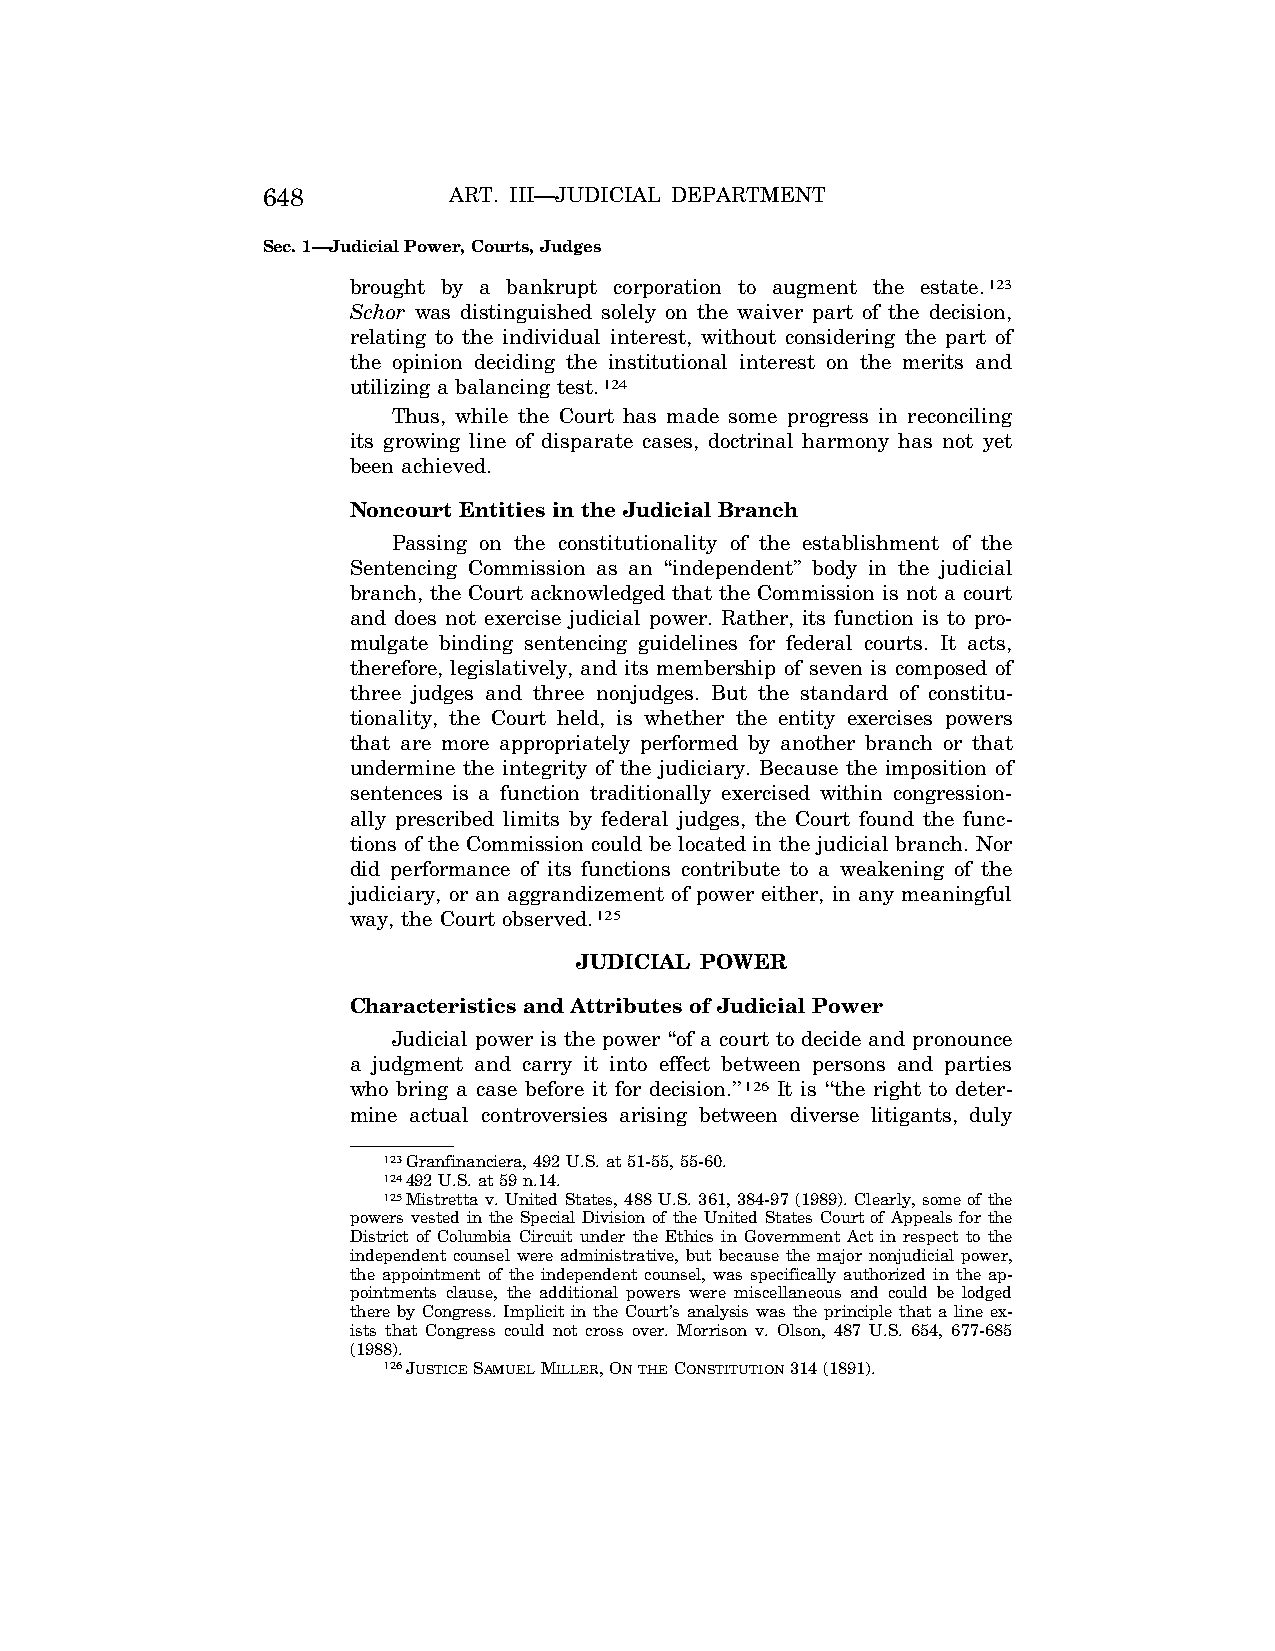
648          ART. III—JUDICIAL DEPARTMENT
 Sec. 1—Judicial Power, Courts, Judges
 brought by a bankrupt corporation to augment the estate.123
 Schor was distinguished solely on the waiver part of the decision,
 relating to the individual interest, without considering the part of
 the opinion deciding the institutional interest on the merits and
 utilizing a balancing test.124
 Thus, while the Court has made some progress in reconciling
 its growing line of disparate cases, doctrinal harmony has not yet
 been achieved.
 Noncourt Entities in the Judicial Branch
 Passing on the constitutionality of the establishment of the
 Sentencing Commission as an ‘‘independent’’ body in the judicial
 branch, the Court acknowledged that the Commission is not a court
 and does not exercise judicial power. Rather, its function is to pro-
 mulgate binding sentencing guidelines for federal courts. It acts,
 therefore, legislatively, and its membership of seven is composed of
 three judges and three nonjudges. But the standard of constitu-
 tionality, the Court held, is whether the entity exercises powers
 that are more appropriately performed by another branch or that
 undermine the integrity of the judiciary. Because the imposition of
 sentences is a function traditionally exercised within congression-
 ally prescribed limits by federal judges, the Court found the func-
 tions of the Commission could be located in the judicial branch. Nor
 did performance of its functions contribute to a weakening of the
 judiciary, or an aggrandizement of power either, in any meaningful
 way, the Court observed.125
 JUDICIAL POWER
 Characteristics and Attributes of Judicial Power
 Judicial power is the power ‘‘of a court to decide and pronounce
 a judgment and carry it into effect between persons and parties
 who bring a case before it for decision.’’126 It is ‘‘the right to deter-
 mine actual controversies arising between diverse litigants, duly
 123Granfinanciera, 492 U.S. at 51-55, 55-60.
 124492 U.S. at 59 n.14.
 125Mistretta v. United States, 488 U.S. 361, 384-97 (1989). Clearly, some of the
 powers vested in the Special Division of the United States Court of Appeals for the
 District of Columbia Circuit under the Ethics in Government Act in respect to the
 independent counsel were administrative, but because the major nonjudicial power,
 the appointment of the independent counsel, was specifically authorized in the ap-
 pointments clause, the additional powers were miscellaneous and could be lodged
 there by Congress. Implicit in the Court’s analysis was the principle that a line ex-
 ists that Congress could not cross over. Morrison v. Olson, 487 U.S. 654, 677-685
 (1988).
 126JUSTICESAMUELMILLER, ONTHECONSTITUTION314 (1891).
 VerDate Apr<15>2004 08:36 Apr 29, 2004 Jkt 077500 PO 00000 Frm 00022 Fmt 8222 Sfmt 8222 C:\CONAN\CON013.SGM PRFM99 PsN: CON013